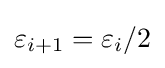
\varepsilon _{i+1}=\varepsilon _{i}/2